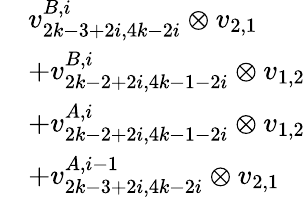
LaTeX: \begin{array}{rl}&{v_{2k-3+2i,4k-2i}^{B,i}\otimes v_{2,1}}\\ &{+v_{2k-2+2i,4k-1-2i}^{B,i}\otimes v_{1,2}}\\ &{+v_{2k-2+2i,4k-1-2i}^{A,i}\otimes v_{1,2}}\\ &{+v_{2k-3+2i,4k-2i}^{A,i-1}\otimes v_{2,1}}\end{array}